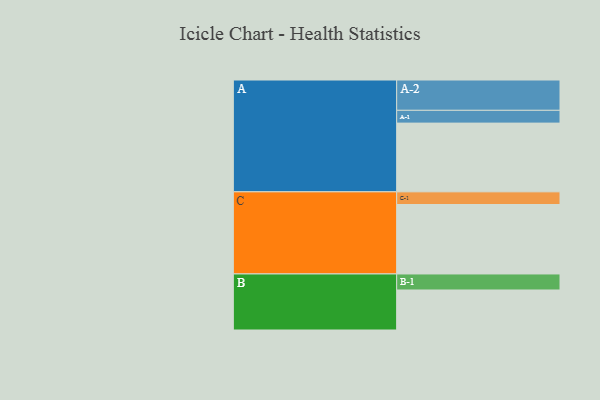
{"axis": {"x": "Segment", "y": "Value"}, "legend": ["", "A", "B", "C"], "data": [{"x": "A", "y": 553, "type": ""}, {"x": "B", "y": 322, "type": ""}, {"x": "C", "y": 559, "type": ""}, {"x": "A-1", "y": 103, "type": "A"}, {"x": "A-2", "y": 244, "type": "A"}, {"x": "B-1", "y": 129, "type": "B"}, {"x": "C-1", "y": 102, "type": "C"}]}